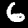
Label: 6